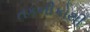
તકનીકોથી